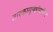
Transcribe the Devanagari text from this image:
तारकागुच्छांमधील